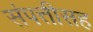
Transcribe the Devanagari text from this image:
संपत्तीसह